Tezpur Lunatic Asylum reports 1877-1894 - 1877-1894
Year: 1877
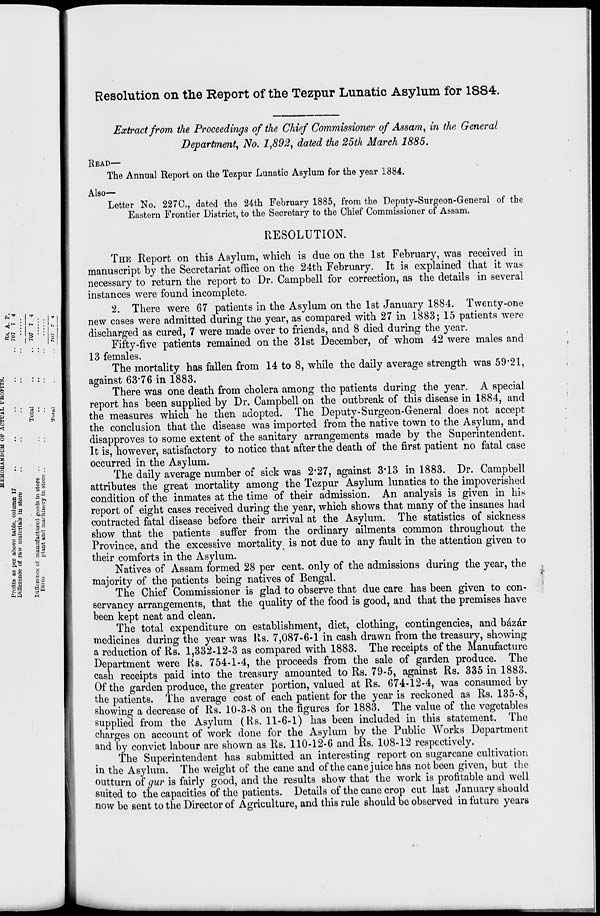
Resolution on the Report of the Tezpur Lunatic Asylum for 1884.
Extract from the Proceedings of the Chief Commissioner of Assam, in the General
Department, No. 1,892, dated the 25th March 1885.
READ—
The Annual Report on the Tezpur Lunatic Asylum for the year 1884.
Also—
Letter No. 227C, dated the 24th February 1885, from the Deputy-Surgeon-General of the
Eastern Frontier District, to the Secretary to the Chief Commissioner of Assam.
RESOLUTION.
fc* . 1 "*
■»
«**" : 1 " • : s
s- : :
1*
g
Q
►a
p
b
<
6.
O
a
a
a
■A
<
0
i a
3
o
H
6
l.s
s
«a
.2 9
It
§."3
|
£3
f *
St.
Is
THE Report on this Asylum, which is due on the 1st February, was received in
manuscript by the Secretariat office on the 24th February. It is explained that it was
necessary to return the report to Dr. Campbell for correction, as the details in several
instances were found incomplete.
2. There were 67 patients in the Asylum on the 1st January 1884. Twenty-one
new cases were admitted during the year, as compared with 27 in 1883; 15 patients were
discharged as cured, 7 were made over to friends, and 8 died during the year.
Fifty-five patients remained on the 31st December, of whom 42 were males and
13 females.
The mortality has fallen from 14 to 8, while the daily average strength was 59*21,
against 63'76 in 1883.
There was one death from cholera among the patients during the year. A special
report has been supplied by Dr. Campbell on the outbreak of this disease in 1884, and
the measures which he then adopted. The Deputy-Surgeon-General does not accept
the conclusion that the disease was imported from the native town to the Asylum, and
disapproves to some extent of the sanitary arrangements made by the Superintendent.
It is, however, satisfactory to notice that after the death of the first patient no fatal case
occurred in the Asylum.
The daily average number of sick was 2*27, against 3*13 in 1883. Dr. Campbell
attributes the great mortality among the Tezpur Asylum lunatics to the impoverished
condition of the inmates at the time of their admission. An analysis is given in his
report of eight cases received during the year, which shows that many of the insanes had
contracted fatal disease before their arrival at the Asylum. The statistics of sickness
show that the patients suffer from the ordinary ailments common throughout the
Province, and the excessive mortality is not due to any fault in the attention given to
their comforts in the Asylum.
Natives of Assam formed 28 per cent, only of the admissions during the year, the
majority of the patients being natives of Bengal.
The Chief Commissioner is glad to observe that due care has been given to con-
servancy arrangements, that the quality of the food is good, and that the premises have
been kept neat and clean.
The total expenditure on establishment, diet, clothing, contingencies, and bazar
medicines during the year was Rs. 7,087-6-1 in cash drawn from the treasury, showing
a reduction of Rs. 1,332-12-3 as compared with 1883. The receipts of the Manufacture
Department were Rs. 754-1-4, the proceeds from the sale of garden produce. The
cash receipts paid into the treasury amounted to Rs. 79-5, against Rs. 335 in 1883.
Of the garden produce, the greater portion, valued at Rs. 674-12-4, was consumed by
the patients. The average cost of each patient for the year is reckoned as Rs. 135-8,
showing a decrease of Rs. 10-3-8 on the figures for 1883. The value of the vegetables
supplied from the Asylum (Rs. 11-6-1) has been included in this statement. The
charges on account of work done for the Asylum by the Public Works Department
and by convict labour are shown as Rs. 110-12-6 and Rs. 108-12 respectively.
The Superintendent has submitted an interesting report on sugarcane cultivation
in the Asylum. The weight of the cane and of the cane juice has not been given, but the
outturn of gur is fairly good, and the results show that the work is profitable and well
suited to the capacities of the patients. Details of the cane crop cut last January should
now be sent to the Director of Agriculture, and this rule should be observed in future years
I